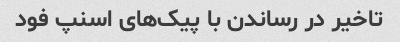
تاخیر در رساندن با پیک‌های اسنپ فود